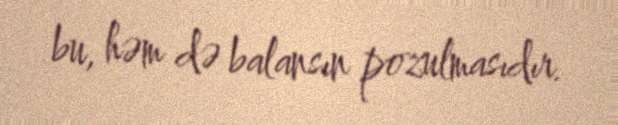
bu, həm də balansın pozulmasıdır.